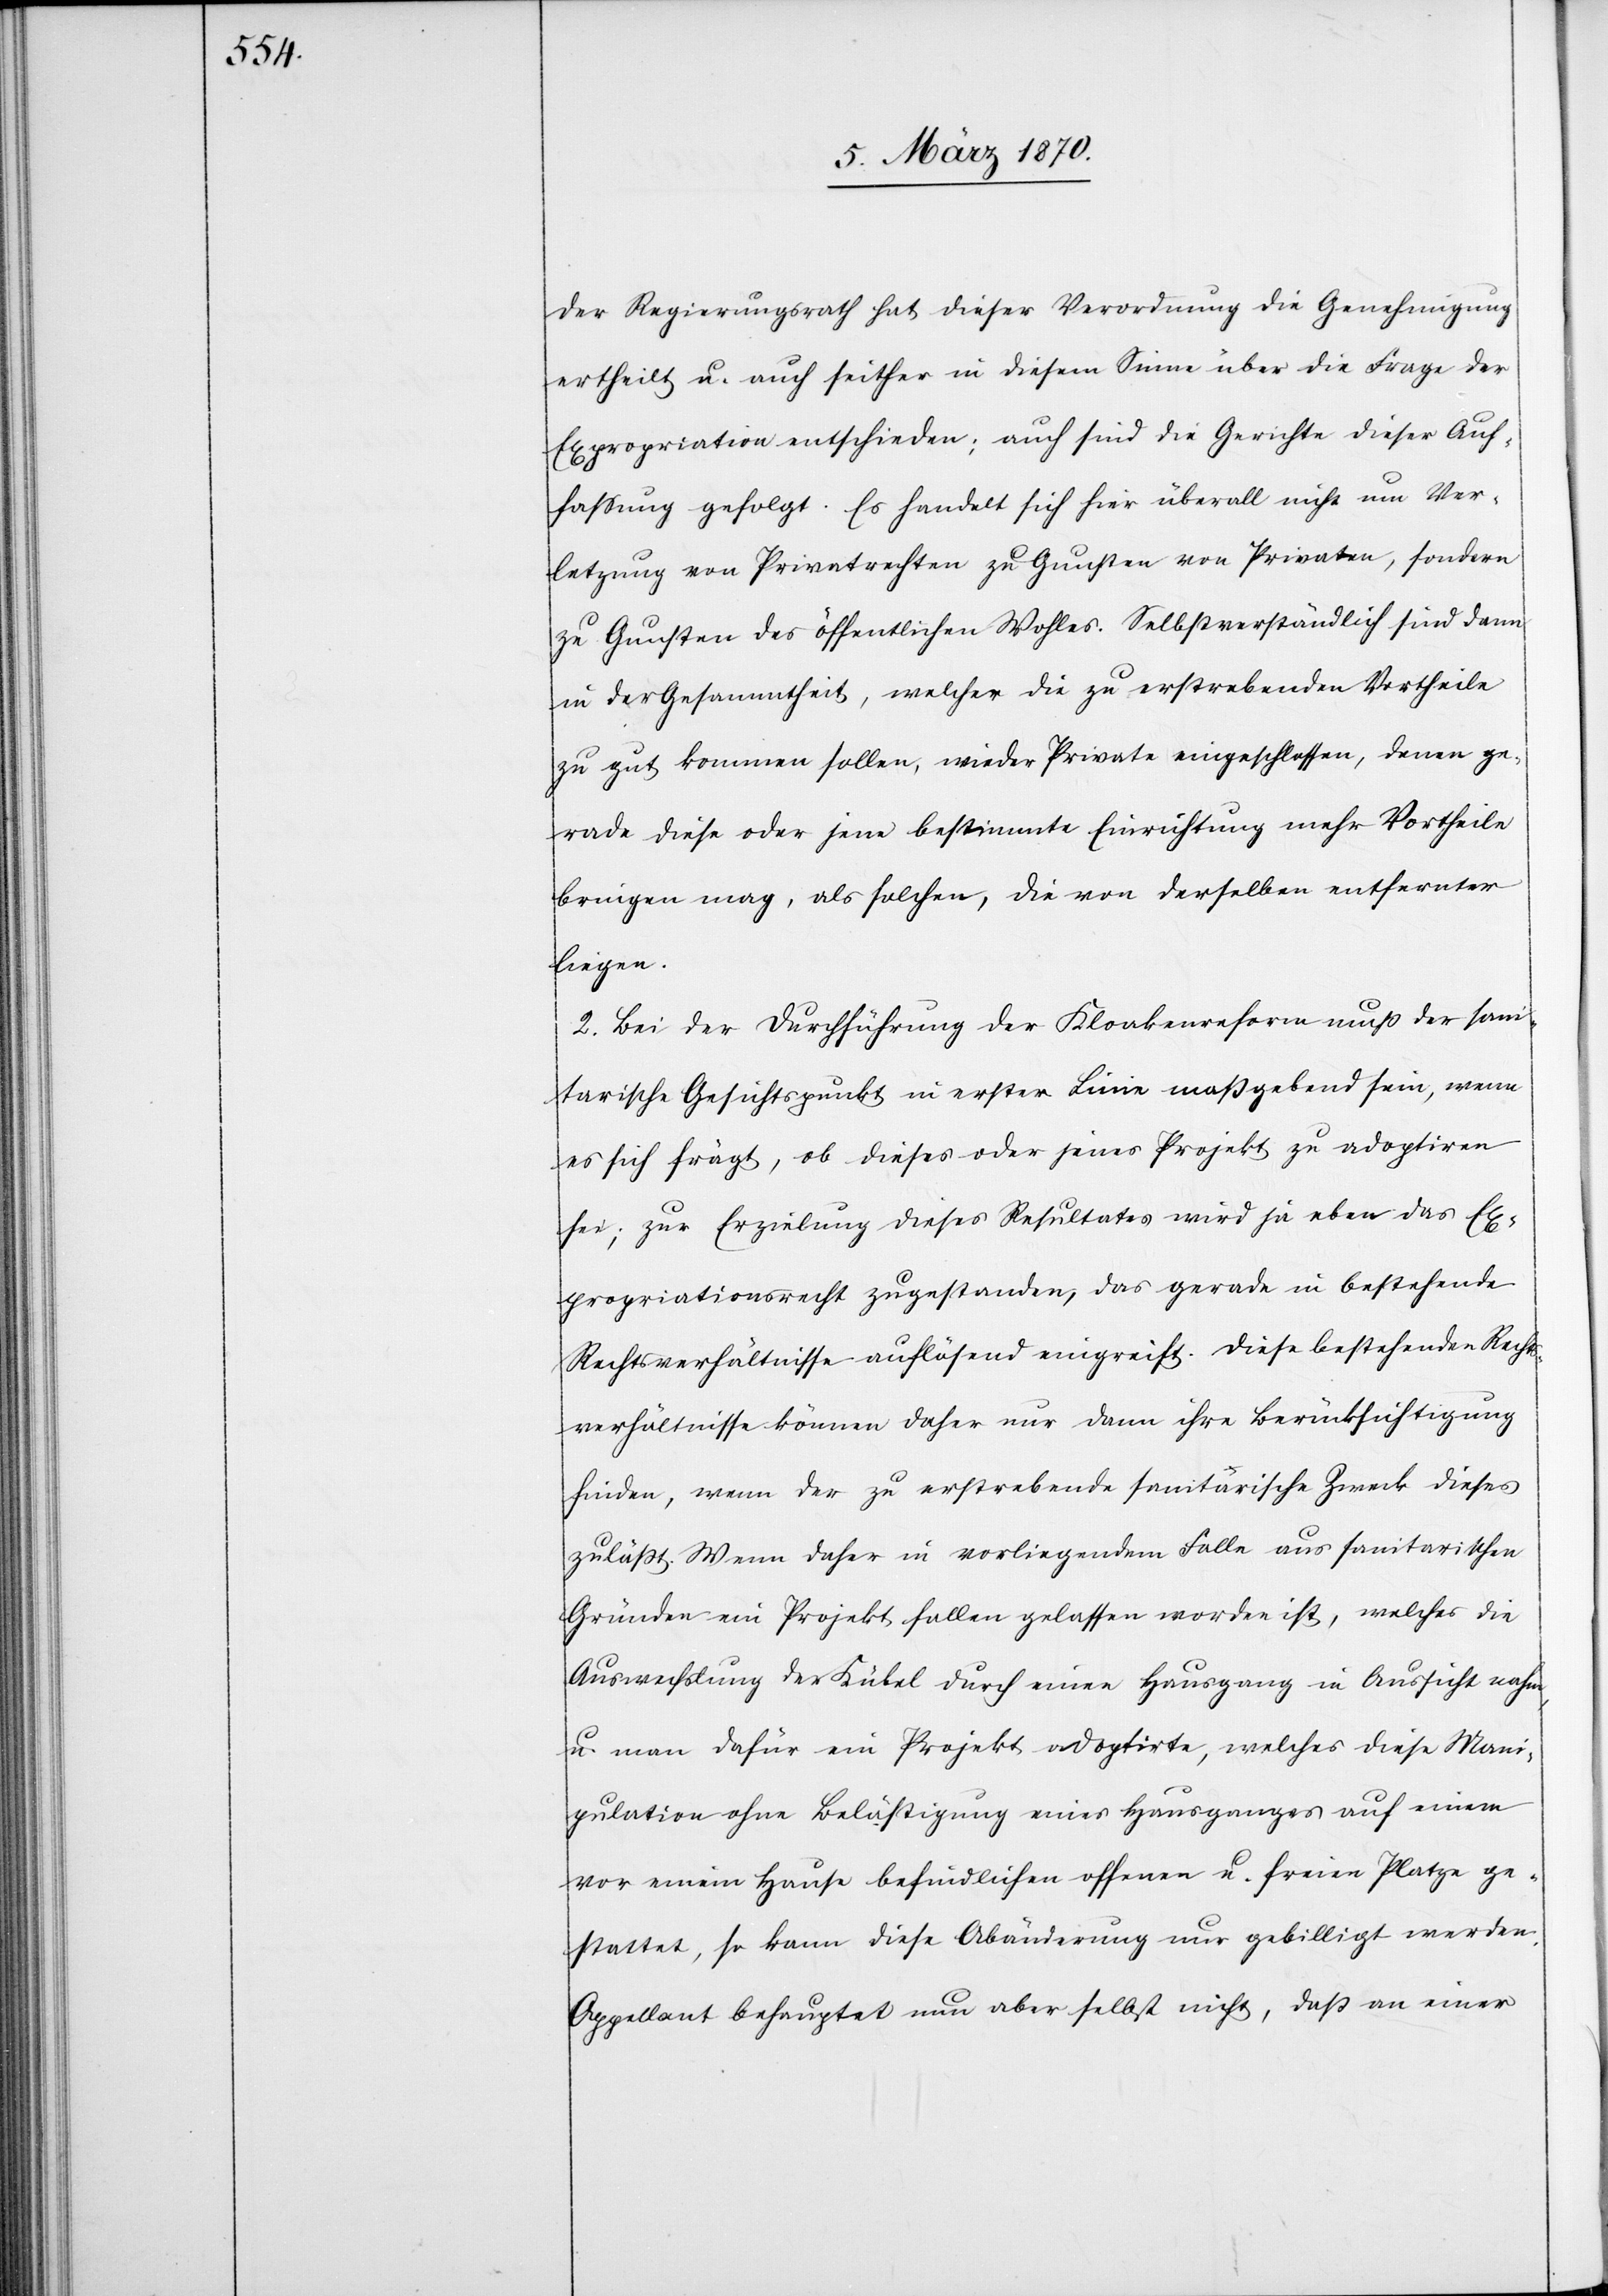
der Regierungsrath hat dieser Verordnung die Genehmigung
ertheilt u. auch seither in diesem Sinne über die Frage der
Expropriation entschieden; auch sind die Gerichte dieser Auf¬
fassung gefolgt. Es handelt sich hier überall nicht um Ver¬
letzung von Privatrechten zu Gunsten von Privaten, sondern
zu Gunsten des öffentlichen Wohles. Selbstverständlich sind dann
in der Gesammtheit, welcher die zu erstrebenden Vortheile
zu gut kommen sollen, wieder Private eingeschlossen, denen ge¬
rade diese oder jene bestimmte Einrichtung mehr Vortheile
bringen mag, als solchen, die von derselben entfernter
liegen.
2. Bei der Durchführung der Kloakenreform muß der sani¬
tarische Gesichtspunkt in erster Linie maßgebend sein, wenn
es sich frägt, ob dieses oder jenes Projekt zu adoptiren
sei; zur Erzielung dieses Resultates wird ja aber das Ex¬
propriationsrecht zugestanden, das gerade in bestehende
Rechtsverhältnisse auflösend eingreift. Diese bestehenden Recht¬
sverhältnisse können daher nur dann ihre Berücksichtigung
finden, wenn der zu erstrebende sanitarische Zweck dieses
zuläßt. Wenn daher in vorliegendem Falle aus sanitarischen
Gründen ein Projekt fallen gelassen worden ist, welches die
Auswechslung der Kübel durch einen Hausgang in Aussicht nahm,
u. man dafür ein Projekt adoptirte, welches diese Mani¬
pulation ohne Belästigung eines Hausganges auf einem
vor einem Hause befindlichen offenen u. freien Platze ge¬
stattet, so kann diese Abänderung nur gebilligt werden.
Appellant behauptet nun aber selbst nicht, daß an einer